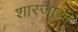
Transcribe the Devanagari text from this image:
शारजाची